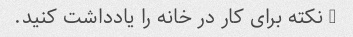
5 نکته برای کار در خانه را یادداشت کنید.